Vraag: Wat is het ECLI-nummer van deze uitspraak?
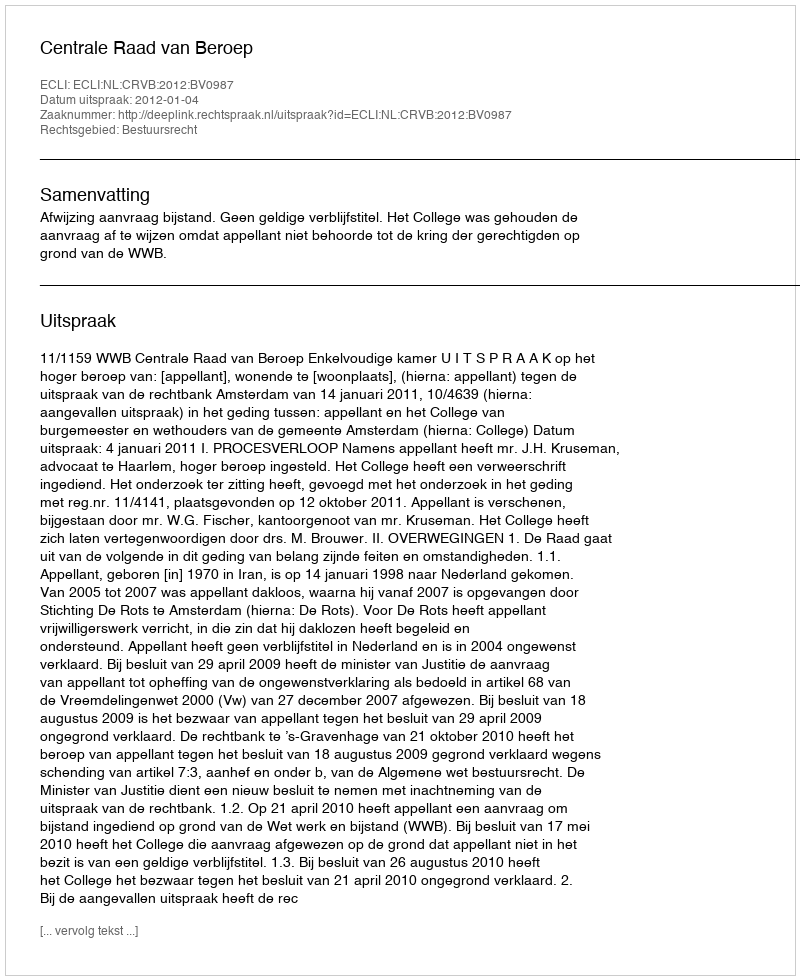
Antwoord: ECLI:NL:CRVB:2012:BV0987